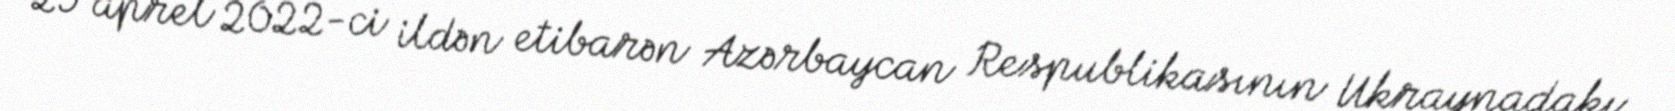
29 aprel 2022-ci ildən etibarən Azərbaycan Respublikasının Ukraynadakı